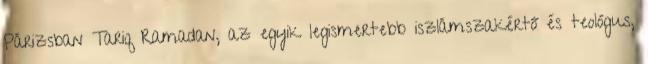
Párizsban Tariq Ramadan, az egyik legismertebb iszlámszakértő és teológus,